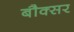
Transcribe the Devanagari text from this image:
बौक्सर